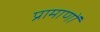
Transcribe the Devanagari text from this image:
प्रामाणों